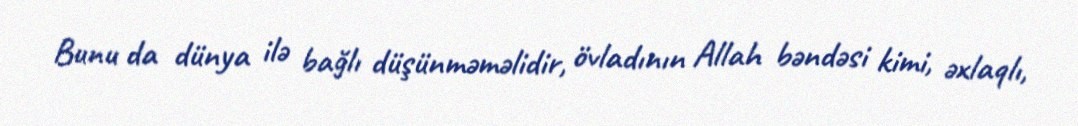
Bunu da dünya ilə bağlı düşünməməlidir, övladının Allah bəndəsi kimi, əxlaqlı,